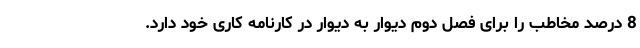
8 درصد مخاطب را برای فصل دوم دیوار به دیوار در کارنامه کاری خود دارد.